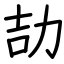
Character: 劼